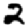
Digit: 2